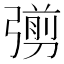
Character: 彅